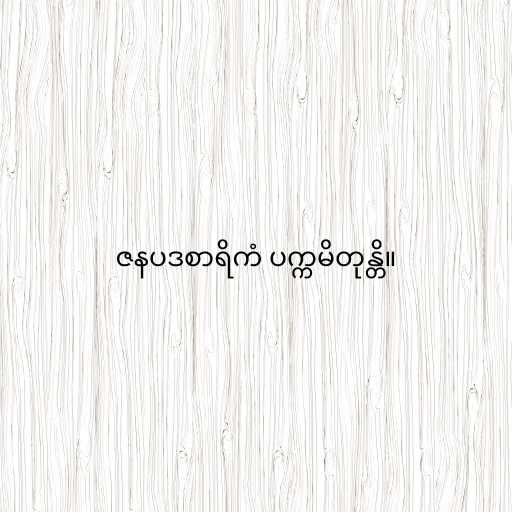
ဇနပဒစာရိကံ ပက္ကမိတုန္တိ။